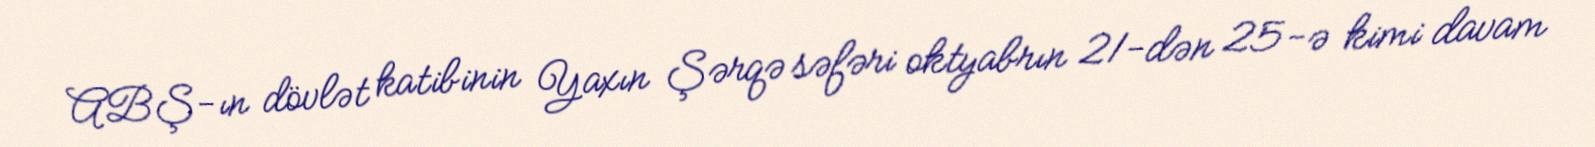
ABŞ-ın dövlət katibinin Yaxın Şərqə səfəri oktyabrın 21-dən 25-ə kimi davam